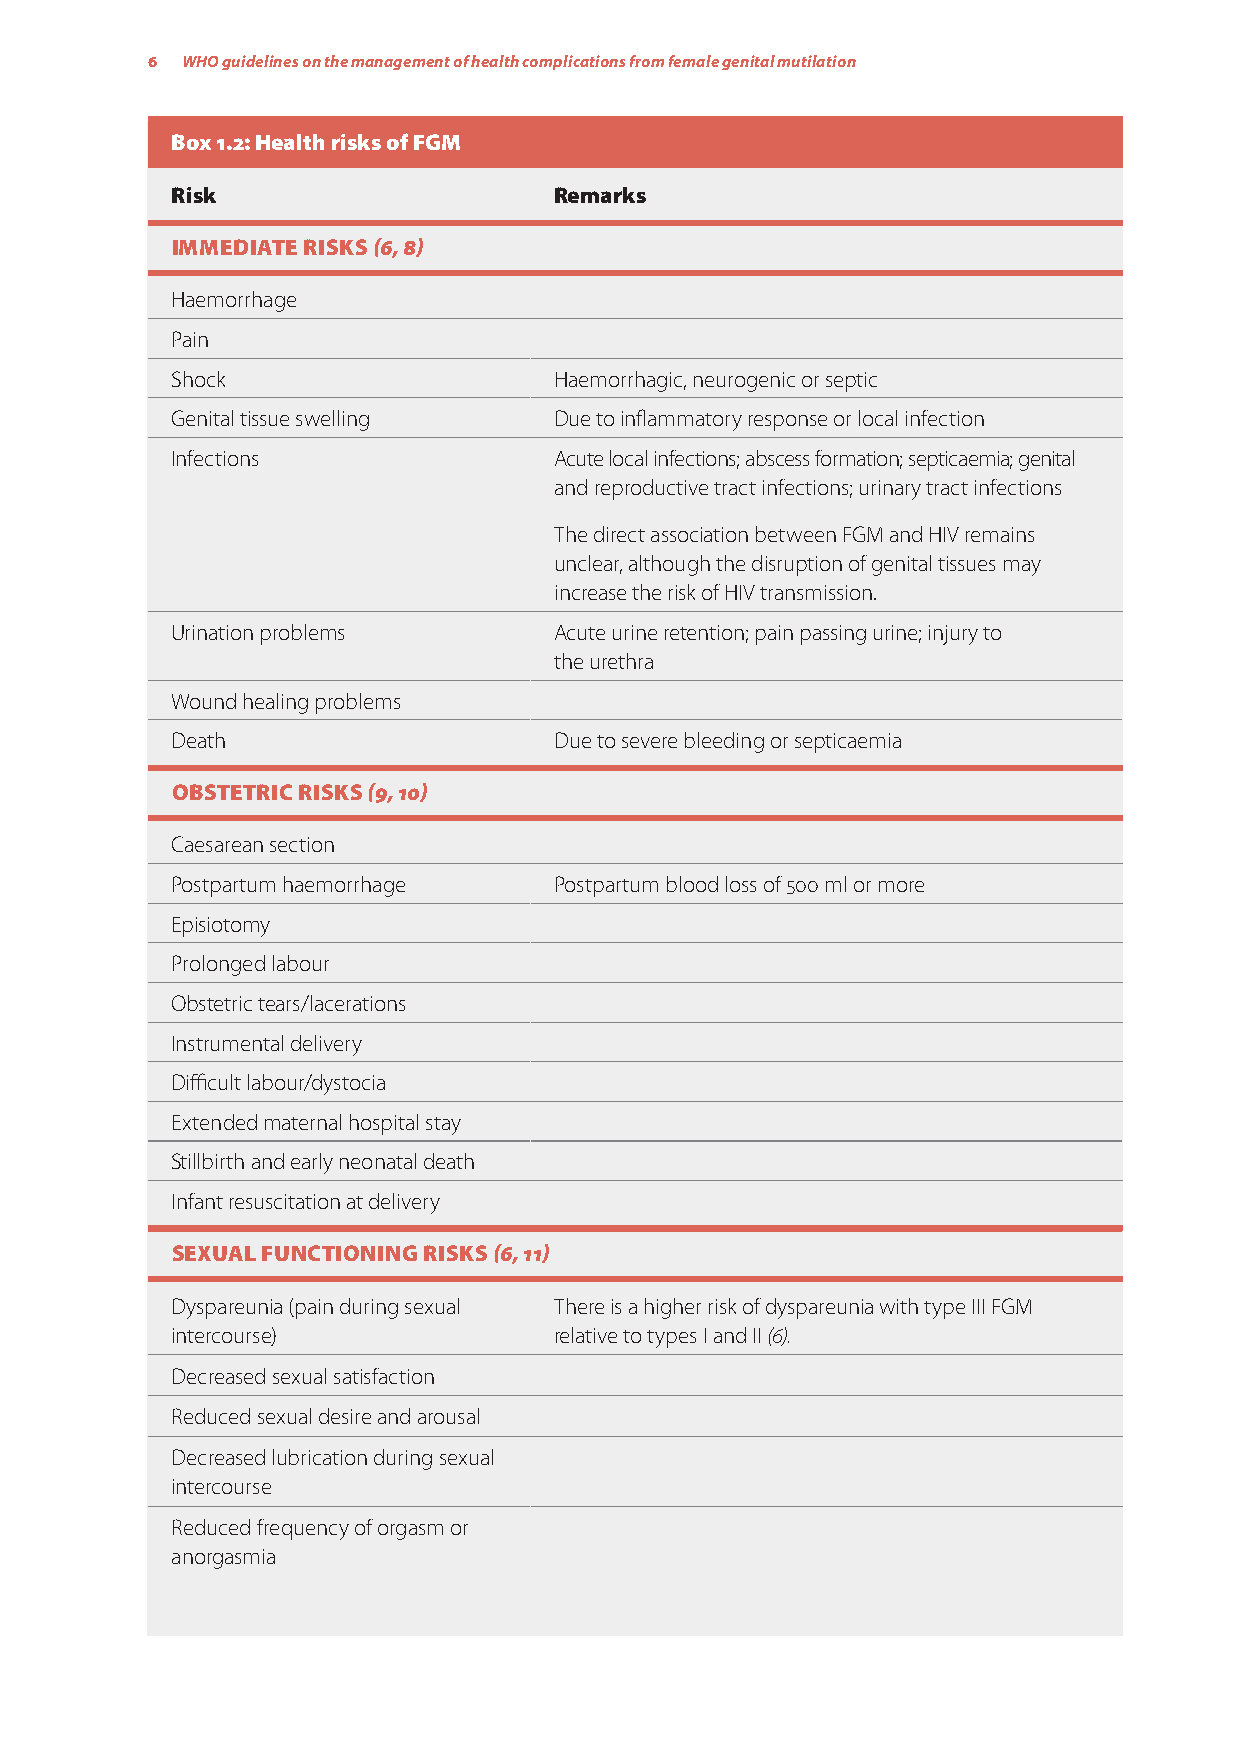
6 WHO guidelines on the management of health complications from female genital mutilation
 Box 1.2: Health risks of FGM
 Risk                      Remarks
 IMMEDIATE RISKS (6, 8)
 Haemorrhage
 Pain
 Shock                     Haemorrhagic, neurogenic or septic
 Genital tissue swelling   Due to inflammatory response or local infection
 Infections                Acute local infections; abscess formation; septicaemia; genital
 and reproductive tract infections; urinary tract infections
 The direct association between FGM and HIV remains
 unclear, although the disruption of genital tissues may
 increase the risk of HIV transmission.
 Urination problems        Acute urine retention; pain passing urine; injury to
 the urethra
 Wound healing problems
 Death                     Due to severe bleeding or septicaemia
 OBSTETRIC RISKS (9, 10)
 Caesarean section
 Postpartum haemorrhage    Postpartum blood loss of 500 ml or more
 Episiotomy
 Prolonged labour
 Obstetric tears/lacerations
 Instrumental delivery
 Difficult labour/dystocia
 Extended maternal hospital stay
 Stillbirth and early neonatal death
 Infant resuscitation at delivery
 SEXUAL FUNCTIONING RISKS (6, 11)
 Dyspareunia (pain during sexual There is a higher risk of dyspareunia with type III FGM
 intercourse)              relative to types I and II (6).
 Decreased sexual satisfaction
 Reduced sexual desire and arousal
 Decreased lubrication during sexual
 intercourse
 Reduced frequency of orgasm or
 anorgasmia